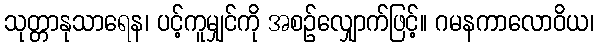
သုတ္တာနုသာရေန၊ ပင့်ကူမျှင်ကို အစဉ်လျှောက်ဖြင့်။ ဂမနကာလောဝိယ၊